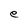
Character: e